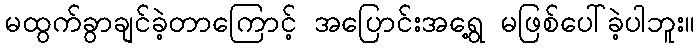
မထွက်ခွာချင်ခဲ့တာကြောင့် အပြောင်းအရွေ့ မဖြစ်ပေါ်ခဲ့ပါဘူး။